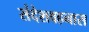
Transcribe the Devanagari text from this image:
संदेशवहनास